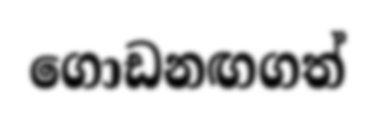
ගොඩනඟගත්